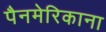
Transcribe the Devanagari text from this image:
पैनमेरिकाना